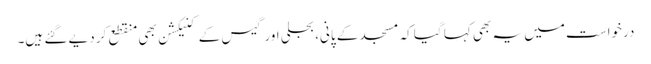
درخواست میں یہ بھی کہا گیا کہ مسجد کے پانی، بجلی اور گیس کے کنیکشن بھی منقطع کر دیے گئے ہیں۔